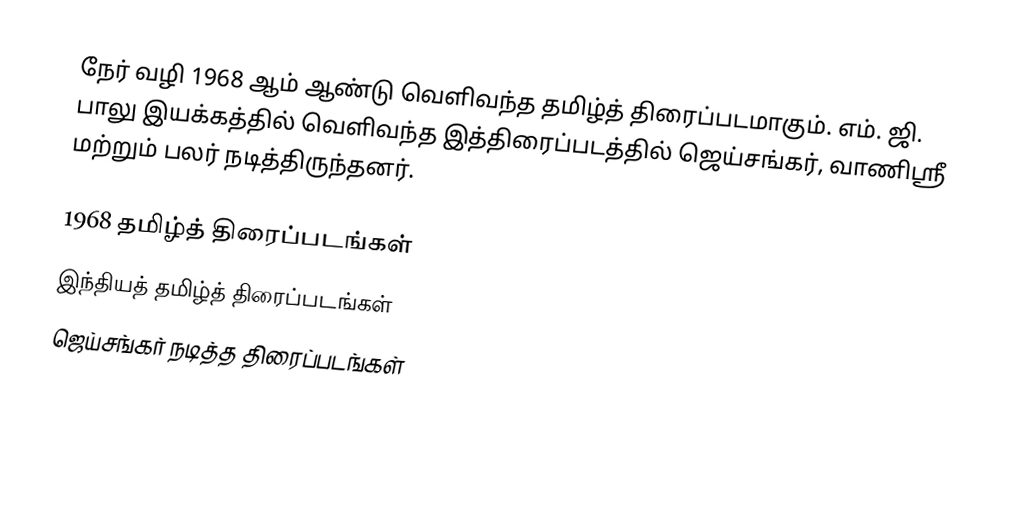
நேர் வழி 1968 ஆம் ஆண்டு வெளிவந்த தமிழ்த் திரைப்படமாகும். எம். ஜி. பாலு இயக்கத்தில் வெளிவந்த இத்திரைப்படத்தில் ஜெய்சங்கர், வாணிஸ்ரீ மற்றும் பலர் நடித்திருந்தனர்.

1968 தமிழ்த் திரைப்படங்கள்
இந்தியத் தமிழ்த் திரைப்படங்கள்
ஜெய்சங்கர் நடித்த திரைப்படங்கள்